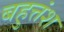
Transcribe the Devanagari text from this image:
बहुत्तंश